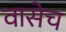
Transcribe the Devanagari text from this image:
वासेच